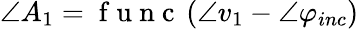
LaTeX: \angle A_{1}=\mathrm{~f~u~n~c~}\left(\angle v_{1}-\angle\varphi_{inc}\right)